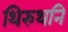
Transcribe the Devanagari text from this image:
थिरुथनि